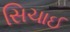
સિચાઈ